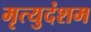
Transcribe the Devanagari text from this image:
मृत्युदंशम